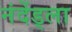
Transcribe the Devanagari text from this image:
नंदेंड्ला